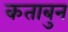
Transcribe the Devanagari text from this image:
कताबुन